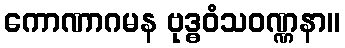
ကောဏာဂမန ဗုဒ္ဓဝံသဝဏ္ဏနာ။